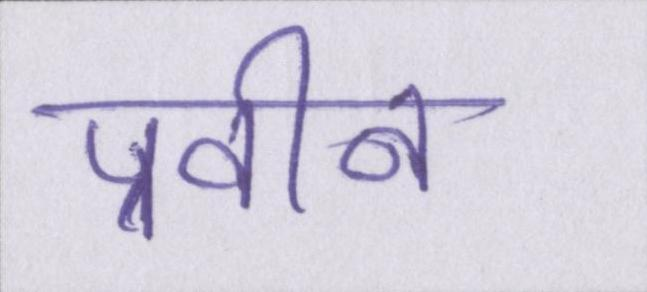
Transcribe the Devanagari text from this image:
प्रवीन